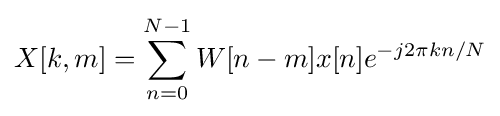
X[k,m]=\sum _{n=0}^{N-1}W[n-m]x[n]e^{-j2\pi kn/N}